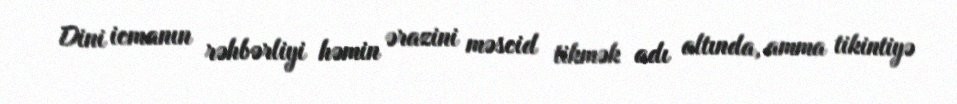
Dini icmanın rəhbərliyi həmin ərazini məscid tikmək adı altında, amma tikintiyə